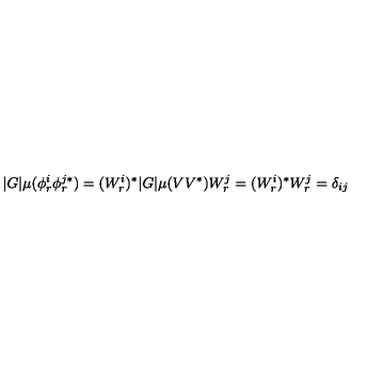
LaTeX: | G | \mu ( \phi _ { r } ^ { i } \phi _ { r } ^ { j * } ) = ( W _ { r } ^ { i } ) ^ { * } | G | \mu ( V V ^ { * } ) W _ { r } ^ { j } = ( W _ { r } ^ { i } ) ^ { * } W _ { r } ^ { j } = \delta _ { i j }